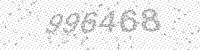
Solution: 996468